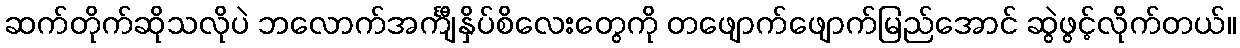
ဆက်တိုက်ဆိုသလိုပဲ ဘလောက်အင်္ကျီနှိပ်စိလေးတွေကို တဖျောက်ဖျောက်မြည်အောင် ဆွဲဖွင့်လိုက်တယ်။